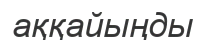
аққайыңды